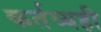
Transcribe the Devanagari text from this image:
कर्तव्यही